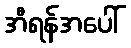
အီရန်အပေါ်